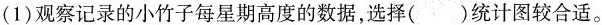
(1)观察记录的小竹子每星期高度的数据，选择( )统计图较合适。